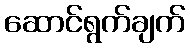
ဆောင်ရွက်ချက်